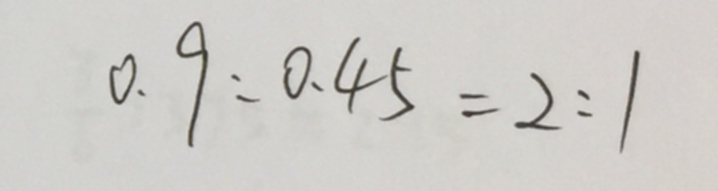
0 . 9 : 0 . 4 5 = 2 : 1